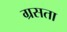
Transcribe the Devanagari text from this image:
ग्रसता